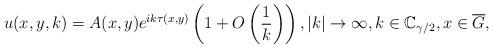
LaTeX: \begin{align*}u(x,y,k)=A(x,y)e^{ik\tau \left( x,y\right) }\left( 1+O\left( \frac{1}{k}\right) \right) ,\left\vert k\right\vert \rightarrow \infty ,k\in \mathbb{C}_{\gamma /2},x\in \overline{G}, \end{align*}